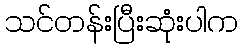
သင်တန်းပြီးဆုံးပါက